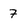
Character: 7